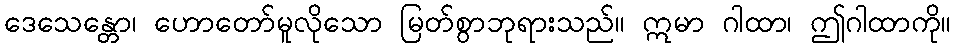
ဒေသေန္တော၊ ဟောတော်မူလိုသော မြတ်စွာဘုရားသည်။ ဣမာ ဂါထာ၊ ဤဂါထာကို။